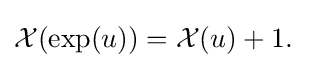
{\mathcal {X}}(\exp(u))={\mathcal {X}}(u)+1.\